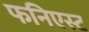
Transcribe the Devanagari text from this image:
फनिएस्ट